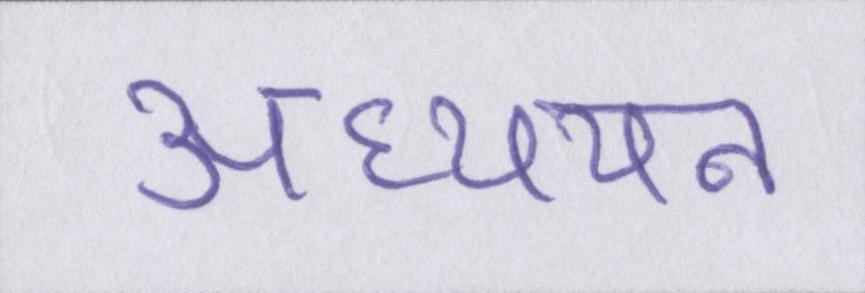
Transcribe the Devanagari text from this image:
अध्ययन